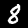
Digit: 8